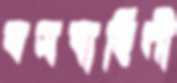
বসবাহিনী